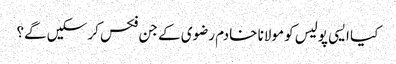
کیا ایسی پولیس کو مولانا خادم رضوی کے جن فکس کر سکیں گے؟